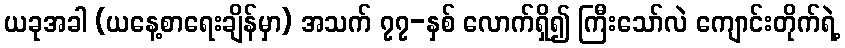
ယခုအခါ (ယနေ့စာရေးချိန်မှာ) အသက် ၇၇-နှစ် လောက်ရှိ၍ ကြီးသော်လဲ ကျောင်းတိုက်ရဲ့